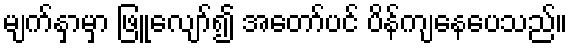
မျက်နှာမှာ ဖြူလျော်၍ အတော်ပင် ပိန်ကျနေပေသည်။